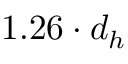
1 . 2 6 \cdot d _ { h }